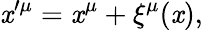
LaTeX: \mathit{x}^{\prime\mu}=\mathit{x}^{\mu}+\xi^{\mu}(\mathit{x}),